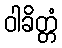
ဝါခိတ္တံ